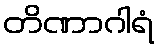
တိဏာဂါရံ